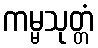
ကမ္မသုတ္တံ